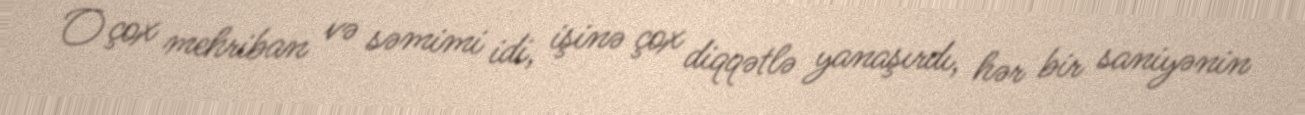
O çox mehriban və səmimi idi, işinə çox diqqətlə yanaşırdı, hər bir saniyənin